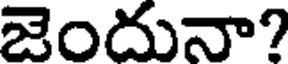
జెందునా?